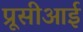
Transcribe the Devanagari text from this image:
प्रूसीआई